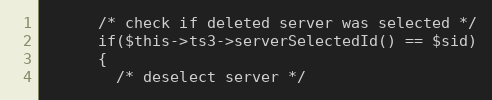
Language: PHP
      /* check if deleted server was selected */
      if($this->ts3->serverSelectedId() == $sid)
      {
        /* deselect server */